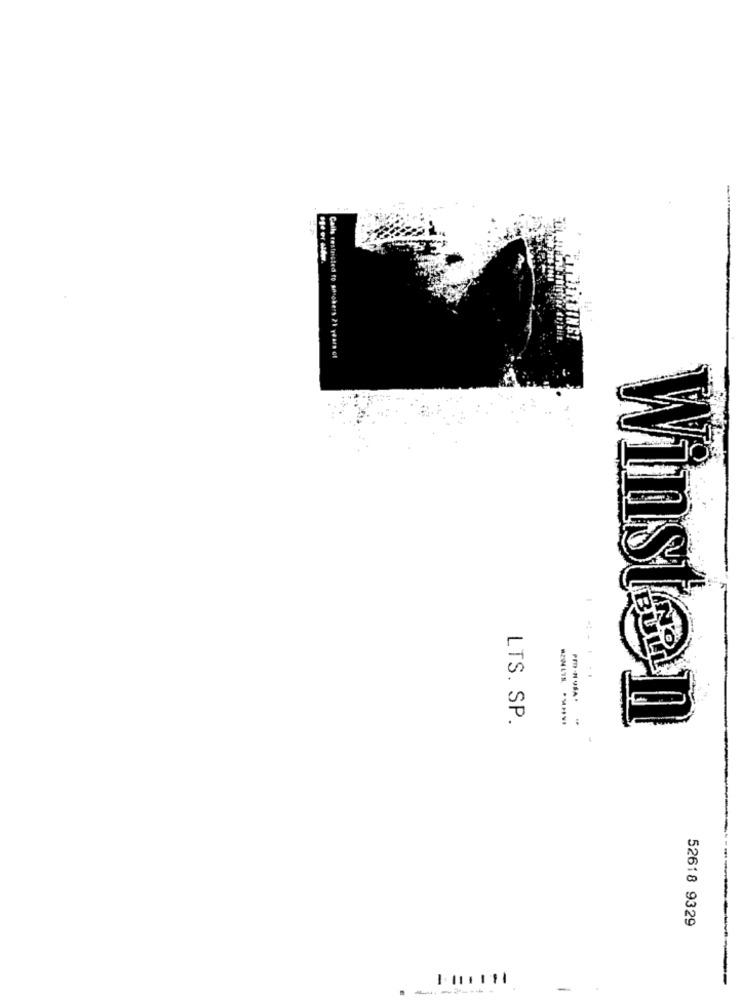
Call restricted to sochers 21 years of
LTS. SP.
Winsten
4
52618 9329
1.111111
-------
-